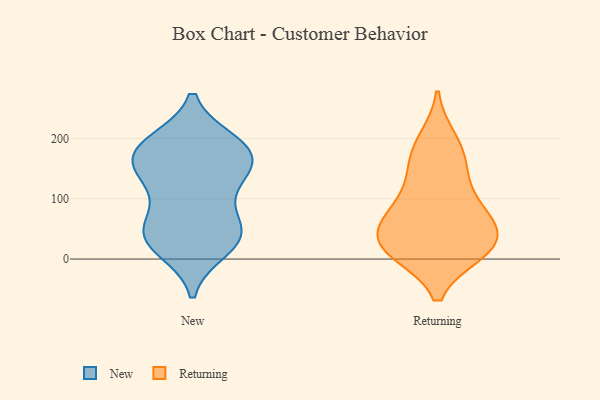
{"axis": {"x": "Demand Index", "y": "Value"}, "legend": ["New", "Returning"], "data": [{"x": "", "y": 187, "type": "New"}, {"x": "", "y": 148, "type": "New"}, {"x": "", "y": 108, "type": "New"}, {"x": "", "y": 31, "type": "New"}, {"x": "", "y": 174, "type": "New"}, {"x": "", "y": 58, "type": "New"}, {"x": "", "y": 174, "type": "New"}, {"x": "", "y": 44, "type": "New"}, {"x": "", "y": 134, "type": "New"}, {"x": "", "y": 36, "type": "New"}, {"x": "", "y": 18, "type": "New"}, {"x": "", "y": 192, "type": "New"}, {"x": "", "y": 149, "type": "New"}, {"x": "", "y": 46, "type": "New"}, {"x": "", "y": 185, "type": "New"}, {"x": "", "y": 12, "type": "Returning"}, {"x": "", "y": 22, "type": "Returning"}, {"x": "", "y": 150, "type": "Returning"}, {"x": "", "y": 197, "type": "Returning"}, {"x": "", "y": 21, "type": "Returning"}, {"x": "", "y": 17, "type": "Returning"}, {"x": "", "y": 67, "type": "Returning"}, {"x": "", "y": 49, "type": "Returning"}, {"x": "", "y": 137, "type": "Returning"}, {"x": "", "y": 91, "type": "Returning"}, {"x": "", "y": 81, "type": "Returning"}, {"x": "", "y": 55, "type": "Returning"}, {"x": "", "y": 13, "type": "Returning"}, {"x": "", "y": 182, "type": "Returning"}]}